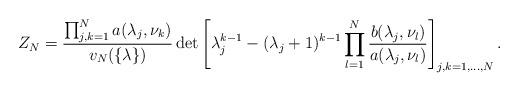
LaTeX: \begin{align*}Z_N = \frac{\prod_{j,k = 1}^{N}a(\lambda_j,\nu_k) }{v_N(\{\lambda\})}\det \left[\lambda_j^{k - 1} - (\lambda_j + 1)^{k - 1}\prod_{l = 1}^N\frac{b(\lambda_j,\nu_l)}{a(\lambda_j,\nu_l)}\right]_{j,k=1,\ldots,N}.\end{align*}